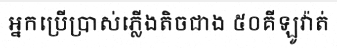
អ្នកប្រើប្រាស់ភ្លើងតិចជាង ៥០គីឡូវ៉ាត់